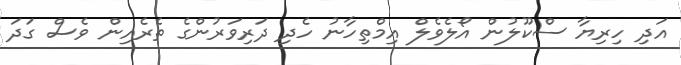
އަދި ހިރިޔާ ސްކޫލުން އޯލެވެލް އިމްތިހާނު ހެދި ދަރިވަރުންގެ ތެރެއިން ވެސް ގަދަ